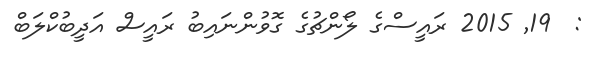
:  19